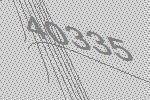
40335